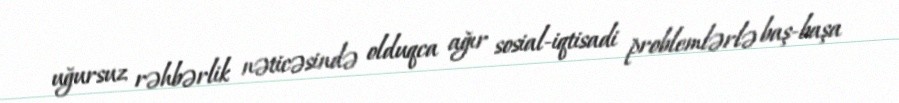
uğursuz rəhbərlik nəticəsində olduqca ağır sosial-iqtisadi problemlərlə baş-başa